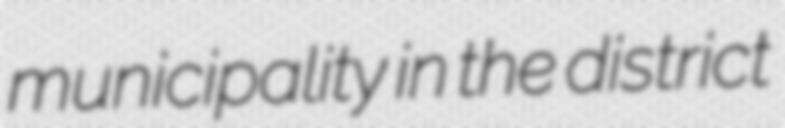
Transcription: municipality in the district